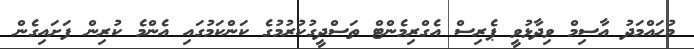
މުހައްމަދު އާސިމް ވިދާޅުވީ ޕެރިސް އެގްރިމެންޓް ތަސްދީގުކުރުމުގެ ކަންކަމުގައި އެންމެ ކުރިން ފަށައިގެން